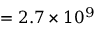
= 2 . 7 \times 1 0 ^ { 9 }